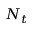
N _ { t }